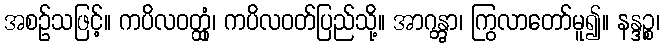
အစဉ်သဖြင့်။ ကပိလဝတ္ထုံ၊ ကပိလဝတ်ပြည်သို့။ အာဂန္တွာ၊ ကြွလာတော်မူ၍။ နန္ဒဉ္စ၊